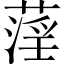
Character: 𦹻